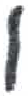
אות: ו